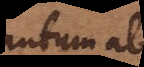
quantum ab